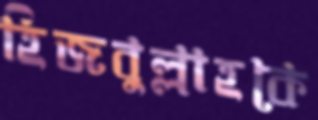
হিজবুল্লাহকে